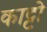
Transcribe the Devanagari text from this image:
काट्टो